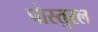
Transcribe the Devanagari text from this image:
पोस्तुरल